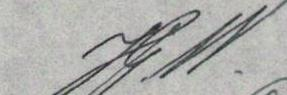
J.W.